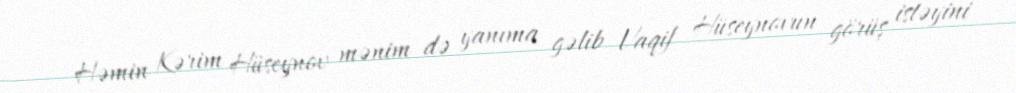
Həmin Kərim Hüseynov mənim də yanıma gəlib Vaqif Hüseynovun görüş istəyini